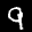
Label: 9